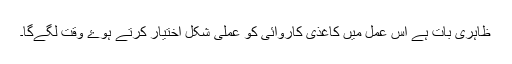
ظاہری بات ہے اِس عمل میں کاغذی کاروائی کو عملی شکل اختیار کرتے ہوۓ وقت لگےگا۔